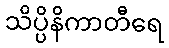
သိပ္ပိနိကာတီရေ